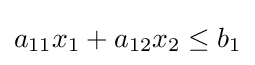
a_{11}x_{1}+a_{12}x_{2}\leq b_{1}